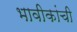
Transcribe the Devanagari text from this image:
भावीकांची